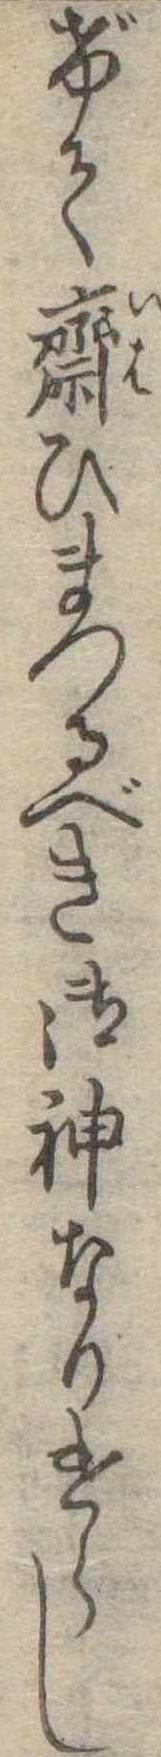
げて斎ひまつるべき御神なりけらし